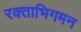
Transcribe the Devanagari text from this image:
रक्ताभिगमन